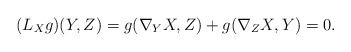
LaTeX: \begin{align*}(L_{X}g)(Y,Z) = g(\nabla_{Y}X,Z) + g(\nabla_{Z}X,Y) =0.\end{align*}